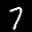
Label: 7